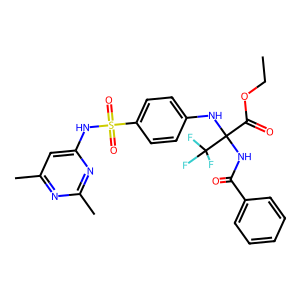
SMILES: CCOC(=O)C(NC(=O)c1ccccc1)(Nc1ccc(S(=O)(=O)Nc2cc(C)nc(C)n2)cc1)C(F)(F)F
Inhibits HIV replication: No